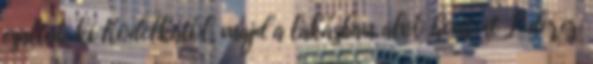
csaltak ki Kodelkától, majd a lakásban alvó hentest Léderer